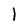
Character: 1